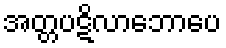
အတ္တပဋိလာဘောပေ